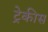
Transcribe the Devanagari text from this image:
ट्रेकीस